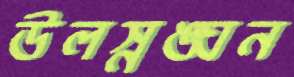
উলস্নঙ্ঘন